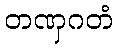
တဏှဂတံ